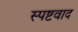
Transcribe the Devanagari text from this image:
स्पष्टवाद